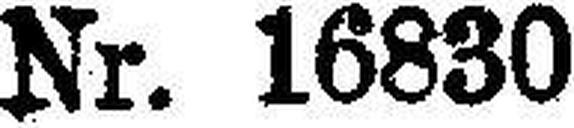
Nr. 16830